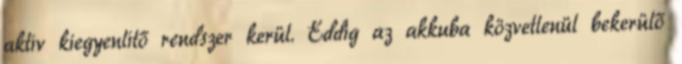
aktív kiegyenlítő rendszer kerül. Eddig az akkuba közvetlenül bekerülő